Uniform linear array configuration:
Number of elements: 4
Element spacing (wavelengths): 0.5
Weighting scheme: hann
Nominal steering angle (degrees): -60
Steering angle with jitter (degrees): -58.152
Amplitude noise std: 0.05
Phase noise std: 0.05

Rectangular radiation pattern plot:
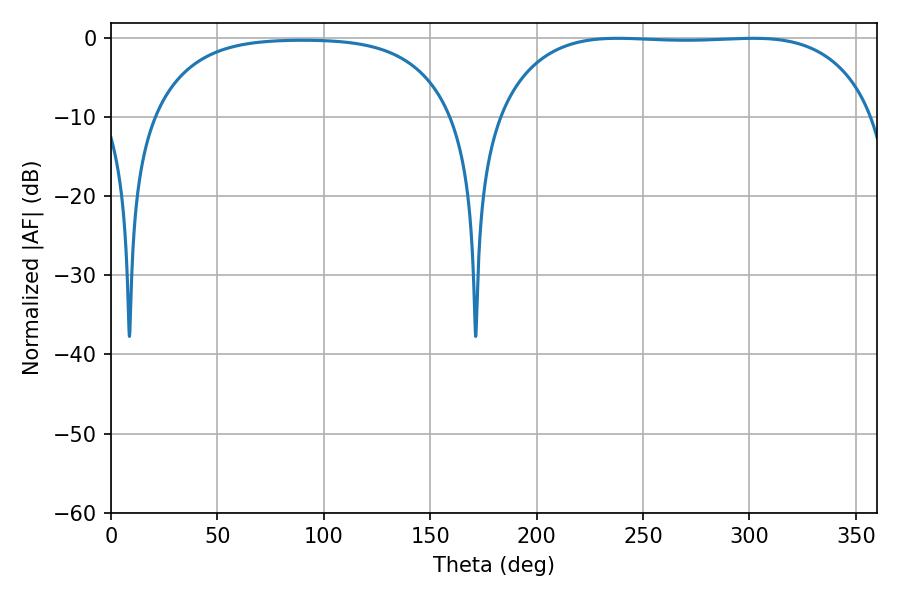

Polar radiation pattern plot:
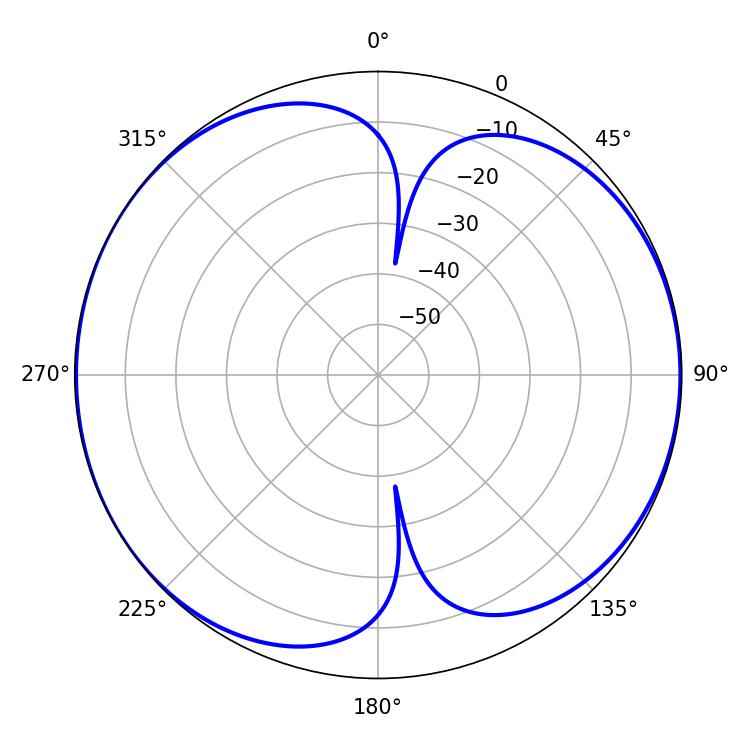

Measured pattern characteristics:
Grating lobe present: FALSE
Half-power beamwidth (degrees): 138.96
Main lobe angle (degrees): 238.14